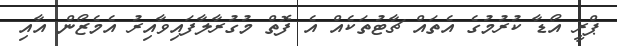
ޕްރީ އޯޑާ ކުރުމުގެ އެތައް ޗާޓުތަކެއް އެ ފޮތް މުގުރާލާފައިވާއިރު އެމެޒޯން އާއި